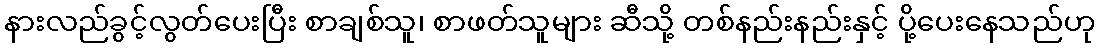
နားလည်ခွင့်လွတ်ပေးပြီး စာချစ်သူ၊ စာဖတ်သူများ ဆီသို့ တစ်နည်းနည်းနှင့် ပို့ပေးနေသည်ဟု